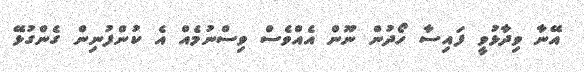
އޭނާ ވިދާޅުވީ ފައިސާ ހޯދުން ނޫން އެއްވެސް ވިސްނުމެއް އެ ކުންފުނިން ގެންގުޅޭ